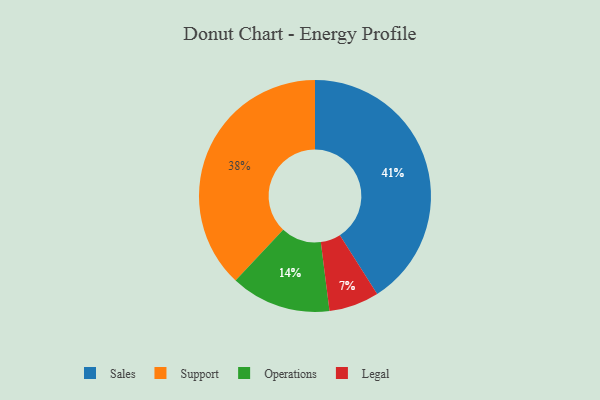
{"axis": {"x": "Category", "y": "Percentage"}, "legend": ["Legal", "Operations", "Sales", "Support"], "data": [{"x": "Legal", "y": 7, "type": "Legal"}, {"x": "Operations", "y": 14, "type": "Operations"}, {"x": "Support", "y": 38, "type": "Support"}, {"x": "Sales", "y": 41, "type": "Sales"}]}